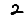
Digit: 2